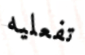
تفعليه